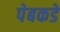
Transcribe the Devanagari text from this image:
पेबकडे